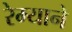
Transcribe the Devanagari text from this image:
रेम्याने